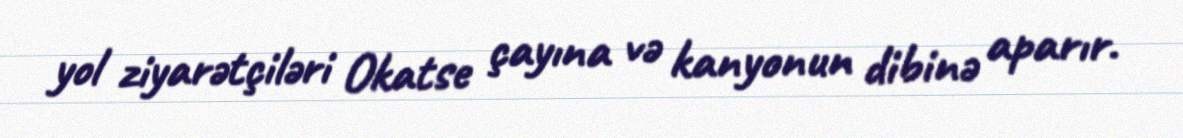
yol ziyarətçiləri Okatse çayına və kanyonun dibinə aparır.